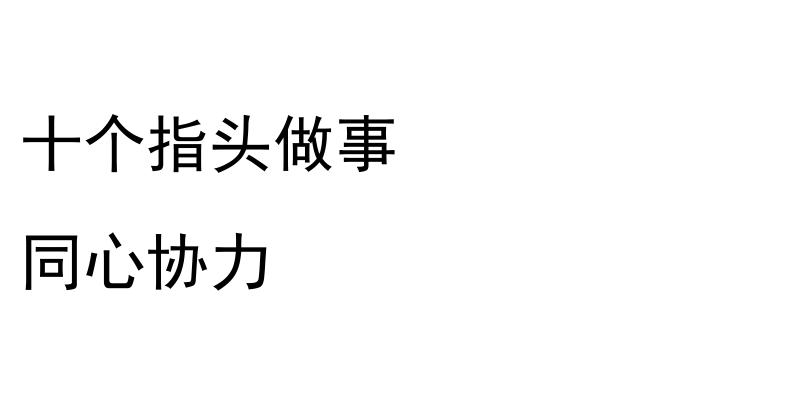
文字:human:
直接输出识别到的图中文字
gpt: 十个指头做事 同心协力